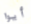
أيوا